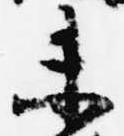
未